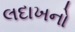
લદાખનો